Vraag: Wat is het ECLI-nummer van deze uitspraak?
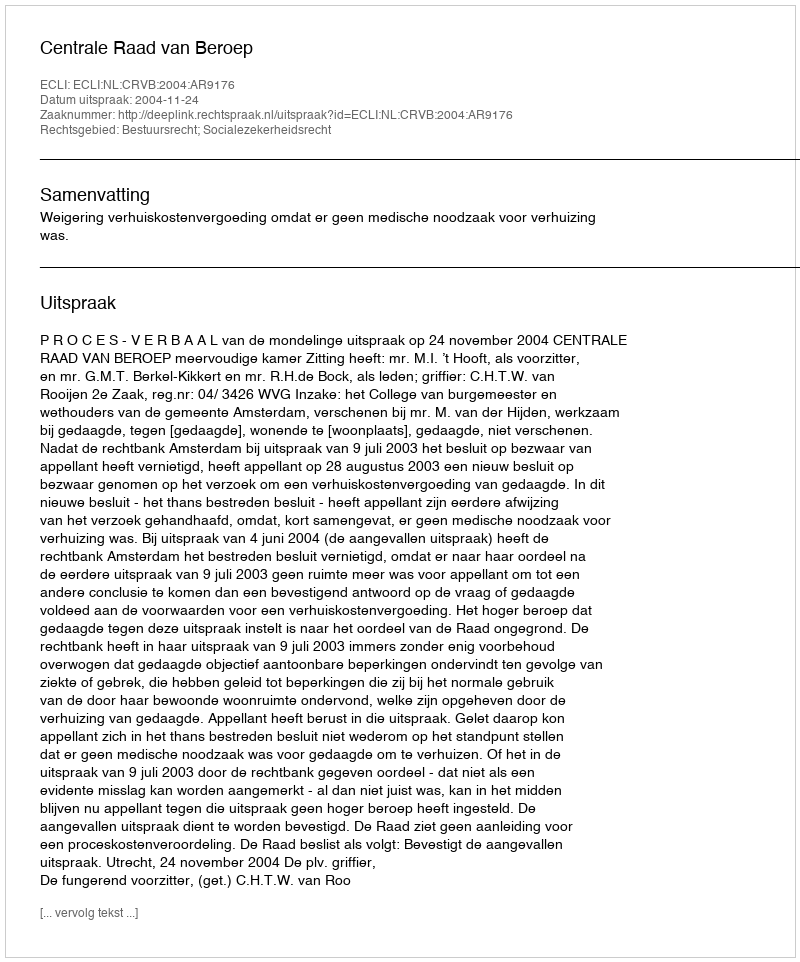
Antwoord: ECLI:NL:CRVB:2004:AR9176